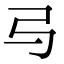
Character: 㢧